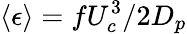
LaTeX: \langle\epsilon\rangle=fU_{c}^{3}/2D_{p}